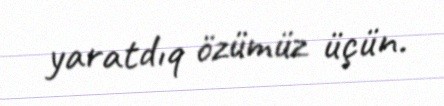
yaratdıq özümüz üçün.